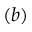
( b )